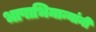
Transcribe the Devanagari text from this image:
भाषाभिमान्यांनी